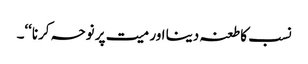
نسب کا طعنہ دینا اور میت پر نوحہ کرنا‘‘۔